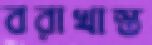
বরাখাস্ত